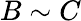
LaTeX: B\sim C